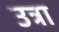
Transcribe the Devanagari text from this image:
उत्रा